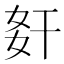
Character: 姧